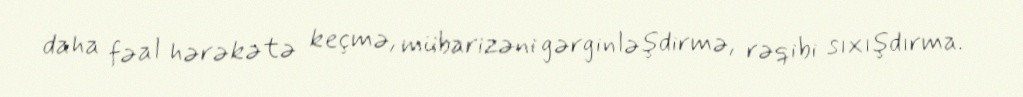
daha fəal hərəkətə keçmə, mübarizəni gərginləşdirmə, rəqibi sıxışdırma.